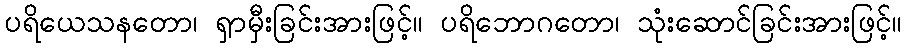
ပရိယေသနတော၊ ရှာမှီးခြင်းအားဖြင့်။ ပရိဘောဂတော၊ သုံးဆောင်ခြင်းအားဖြင့်။